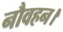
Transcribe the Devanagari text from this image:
नौवहन।